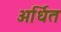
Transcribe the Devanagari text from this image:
अर्धित